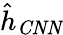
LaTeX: \hat{h}_{\mathit{CNN}}